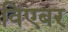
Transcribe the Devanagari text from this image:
विएबर